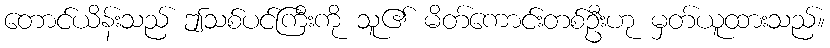
တောင်ယိန်းသည် ဤသစ်ပင်ကြီးကို သူ၏ မိတ်ကောင်းတစ်ဦးဟု မှတ်ယူထားသည်။